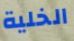
الخلية